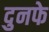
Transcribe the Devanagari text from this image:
दुनफे